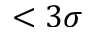
< 3 \sigma